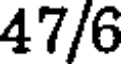
47/6